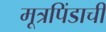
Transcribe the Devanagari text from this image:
मूत्रपिंडाची